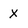
Character: x